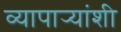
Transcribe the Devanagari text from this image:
व्यापार्‍यांशी